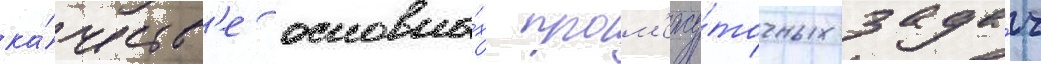
ка́честв'е основны́х пром'ежу́точных зада́ч